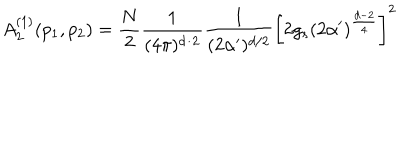
A _ { 2 } ^ { ( 1 ) } ( p _ { 1 } , p _ { 2 } ) = \frac { N } { 2 } \frac { 1 } { ( 4 \pi ) ^ { d / 2 } } \frac { 1 } { ( 2 \alpha ^ { \prime } ) ^ { d / 2 } } \left[ 2 g _ { s } ( 2 \alpha ^ { \prime } ) ^ { \frac { d - 2 } { 4 } } \right] ^ { 2 }